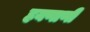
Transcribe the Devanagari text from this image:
हयणाणी